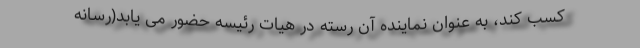
کسب کند، به عنوان نماینده آن رسته در هیات رئیسه حضور می یابد(رسانه